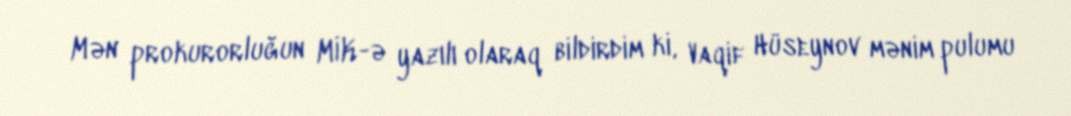
Mən prokurorluğun MİK-ə yazılı olaraq bildirdim ki, Vaqif Hüseynov mənim pulumu